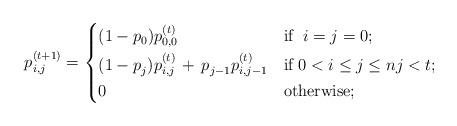
LaTeX: \begin{align*}p_{i,j}^{(t+1)} = \begin{dcases} (1-p_0) p_{0,0}^{(t)} & \mbox{if }\; i=j=0; \\ (1-p_j^{}) p_{i,j}^{(t)} \,+\, p_{j-1}^{}p_{i,j-1}^{(t)} & \mbox{if } 0 < i \le j \le n j < t; \\ 0 & \mbox{otherwise}; \\ \end{dcases}\end{align*}